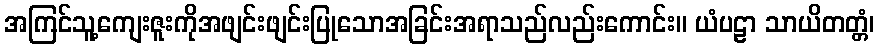
အကြင်သူ့ကျေးဇူးကိုအဖျင်းဖျင်းပြုသောအခြင်းအရာသည်လည်းကောင်း။ ယံပဠာ သာယိတတ္တံ၊